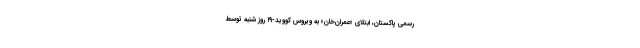
رسمی پاکستان، ابتلای «عمران‌خان» به ویروس کووید-۱۹ روز شنبه توسط